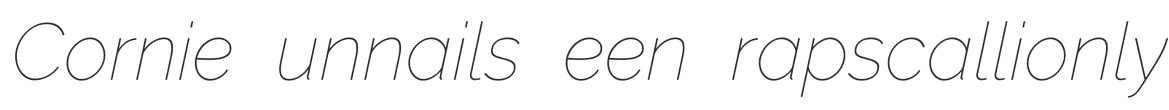
Cornie unnails een rapscallionly